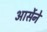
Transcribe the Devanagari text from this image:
आर्सेने